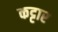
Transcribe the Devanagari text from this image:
कट्टार